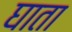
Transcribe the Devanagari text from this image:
घाता